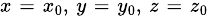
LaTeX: \scriptstyle x\; =\; x_{0},\; y\; =\; y_{0},\; z\; =\; z_{0}